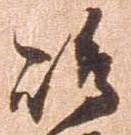
島